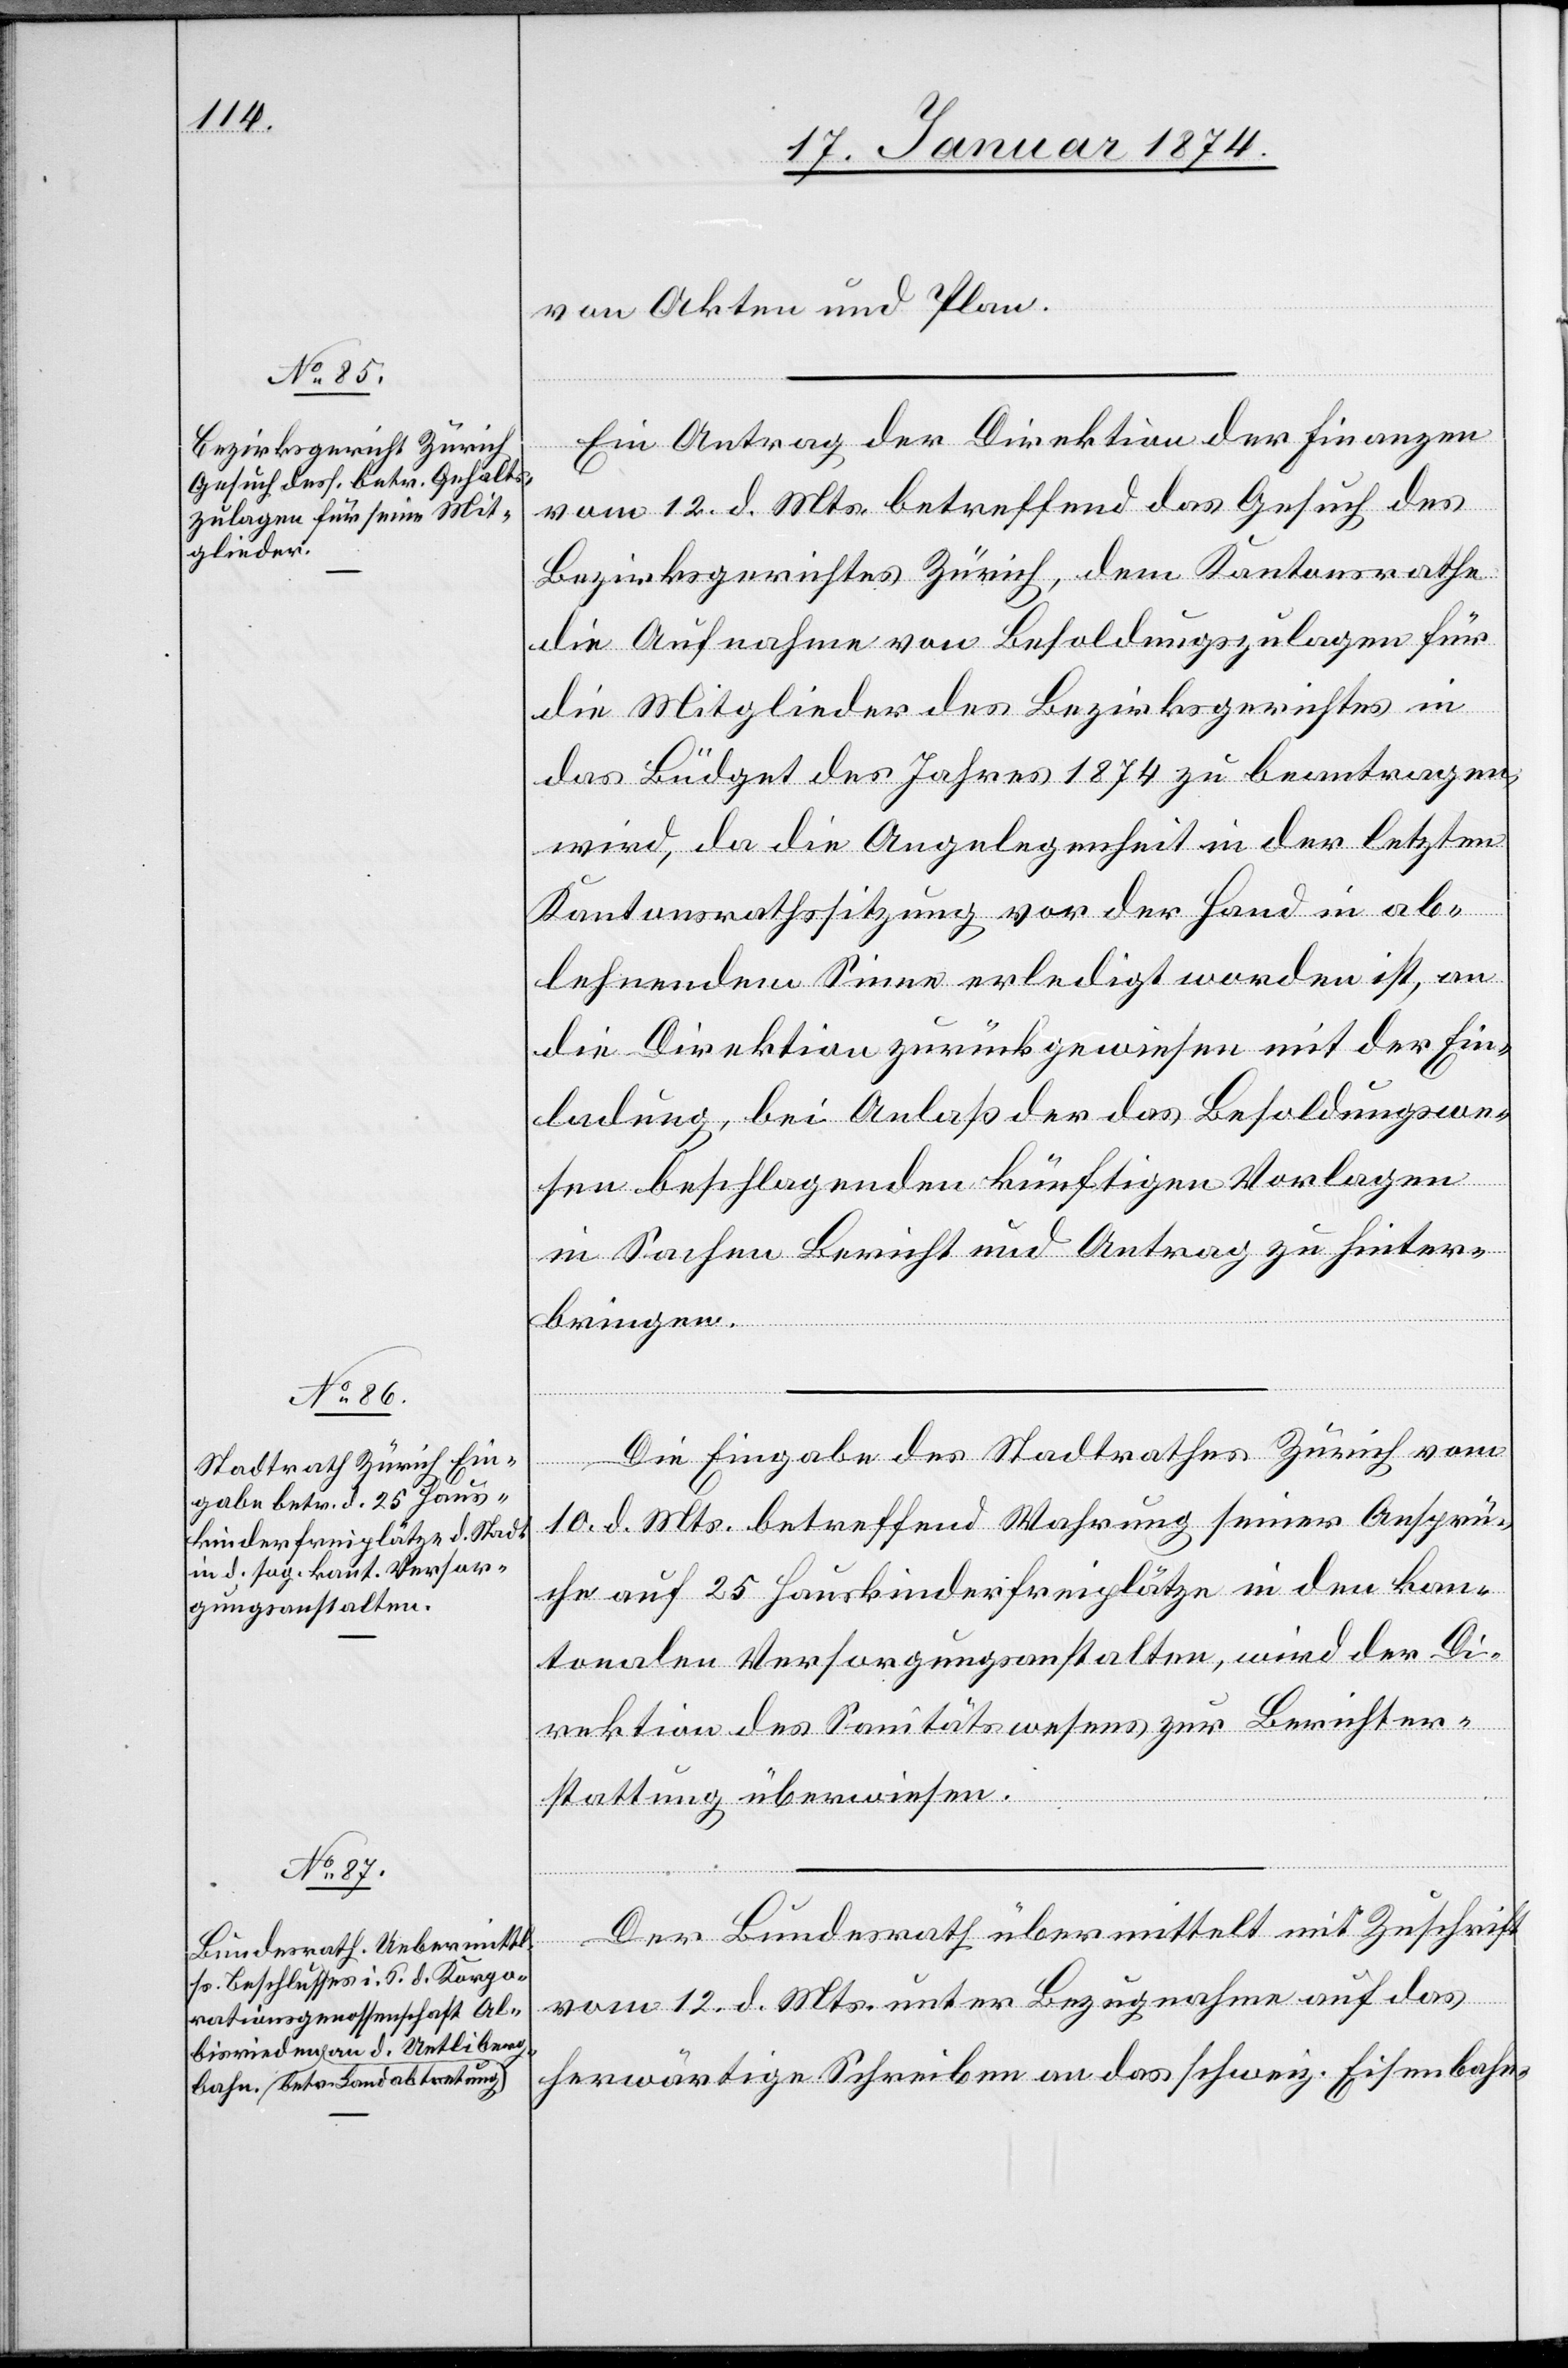
von Akten und Plan.
Ein Antrag der Direktion der Finanzen
vom 12. d. Mts. betreffend das Gesuch des
Bezirksgerichtes Zürich, dem Kantonsrathe
die Aufnahme von Besoldungszulagen für
die Mitglieder des Bezirksgerichtes in
das Büdget des Jahres 1874 zu beantragen,
wird, da die Angelegenheit in der letzten
Kantonsrathssitzung vor der Hand in ab¬
lehnendem Sinne erledigt worden ist, an
die Direktion zurückgewiesen mit der Ein¬
ladung, bei Anlaß der das Besoldungswe¬
sen beschlagenden künftigen Vorlagen
in Sachen Bericht und Antrag zu hinter¬
bringen.
Die Eingabe des Stadtrathes Zürich vom
10. d. Mts. betreffend Wahrung seiner Ansprü¬
che auf 25 Hauskinderfreiplätze in den kan¬
tonalen Versorgungsanstalten, wird der Di¬
rektion des Sanitätswesens zur Berichter¬
stattung überwiesen.
Der Bundesrath übermittelt mit Zuschrift
vom 12. d. Mts. unter Bezugnahme auf das
herwärtige Schreiben an das schweiz. Eisenbahn-